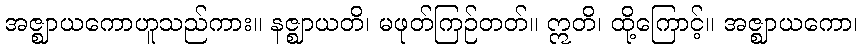
အဇ္ဈာယကောဟူသည်ကား။ နဇ္ဈာယတိ၊ မဖုတ်ကြဉ်တတ်။ ဣတိ၊ ထို့ကြောင့်။ အဇ္ဈာယကော၊